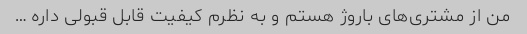
من از مشتری‌های باروژ هستم و به نظرم کیفیت قابل قبولی داره …